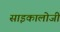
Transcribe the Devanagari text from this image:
साइकालोजी